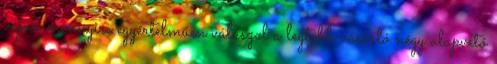
vajon mennyire egyértelműen válaszol a legtöbb vásárló négy alapvető